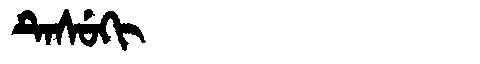
Manchu: ᡨᡝᠰᡠᡴᡳ
Romanization: TESUKI